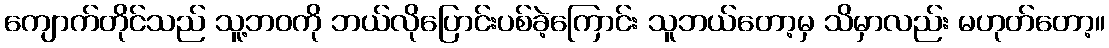
ကျောက်တိုင်သည် သူ့ဘဝကို ဘယ်လိုပြောင်းပစ်ခဲ့ကြောင်း သူဘယ်တော့မှ သိမှာလည်း မဟုတ်တော့။